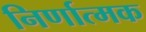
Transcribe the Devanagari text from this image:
निर्णात्मक